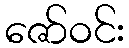
ဇော်ဝင်း